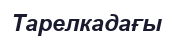
Тарелкадағы